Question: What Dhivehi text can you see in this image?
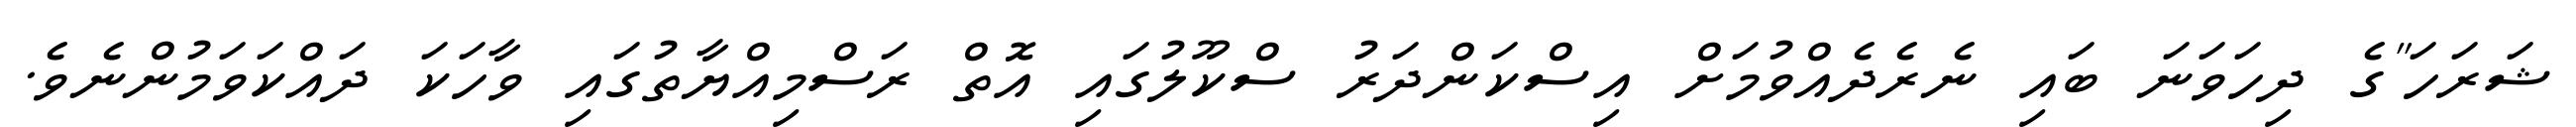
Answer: ޝަރަހަ"ގެ ދިހަވަނަ ބައި ނެރެދެއްވުމަށް އިސްކަންދަރު ސްކޫލުގައި އޮތް ރަސްމިއްޔާތުގައި ވާހަކަ ދައްކަވަމުންނެވެ.